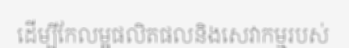
ដើម្បីកែលម្អផលិតផលនិងសេវាកម្មរបស់